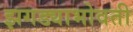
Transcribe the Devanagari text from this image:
झगड्याभोवती